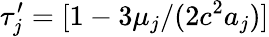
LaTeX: \tau_{j}^{\prime}=[1-3\mu_{j}/(2c^{2}a_{j})]